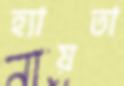
হ্যায়তা